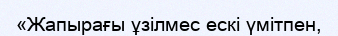
«Жапырағы ұзілмес ескі үмітпен,